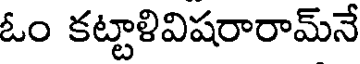
ఓం కట్టాళివిషరారామ్నే